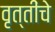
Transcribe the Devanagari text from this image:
वृत्तींचे